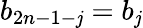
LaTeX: b_{2n-1-\mathit{j}}=b_{\mathit{j}}